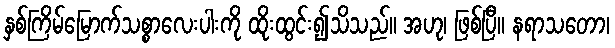
နှစ်ကြိမ်မြောက်သစ္စာလေးပါးကို ထိုးထွင်း၍သိသည်။ အဟု၊ ဖြစ်ပြီ။ နရာသတော၊